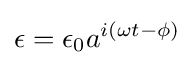
\epsilon =\epsilon _{0}a^{i(\omega t-\phi )}